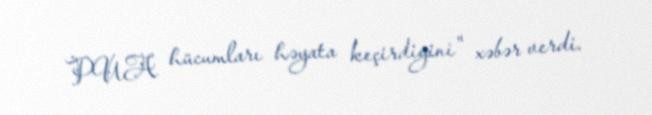
PUA hücumları həyata keçirdiyini" xəbər verdi.